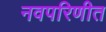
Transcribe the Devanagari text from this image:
नवपरिणीत